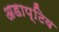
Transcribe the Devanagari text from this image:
अडाप्टिव